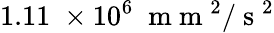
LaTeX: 1.11\; \times 10^{6}\; \mathrm{~m~m~}^{2}/\mathrm{~s~}^{2}